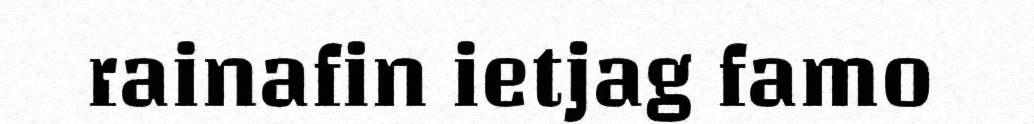
rainafin ietjag famo